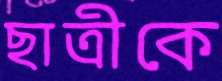
ছাত্রীকে